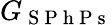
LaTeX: G_{\mathrm{~S~P~h~P~s~}}